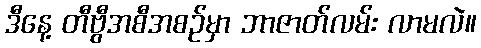
ဒီနေ့ တီဗွီအစီအစဉ်မှာ ဘာဇာတ်လမ်း လာမလဲ။